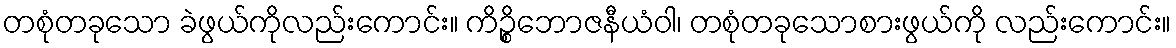
တစုံတခုသော ခဲဖွယ်ကိုလည်းကောင်း။ ကိဉ္စိဘောဇနီယံဝါ၊ တစုံတခုသောစားဖွယ်ကို လည်းကောင်း။